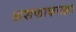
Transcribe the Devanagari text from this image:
अशफाकउल्ला